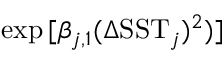
\exp { [ \beta _ { j , 1 } ( \Delta \mathrm { S S T } _ { j } ) ^ { 2 } ) ] }